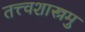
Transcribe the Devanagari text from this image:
तत्त्वशास्त्रमु